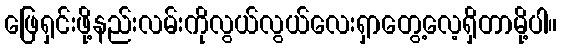
ဖြေရှင်းဖို့နည်းလမ်းကိုလွယ်လွယ်လေးရှာတွေ့လေ့ရှိတာမို့ပါ။